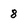
Character: 8